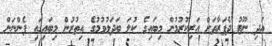
އަދި ނޫޓު ދެފަރާތަށް އަރިކުރުމުން މިބައިގެ ކުލަ ބަދަލުވުމުގެ އިތުރުން މިބައިގައި ފެންނަން